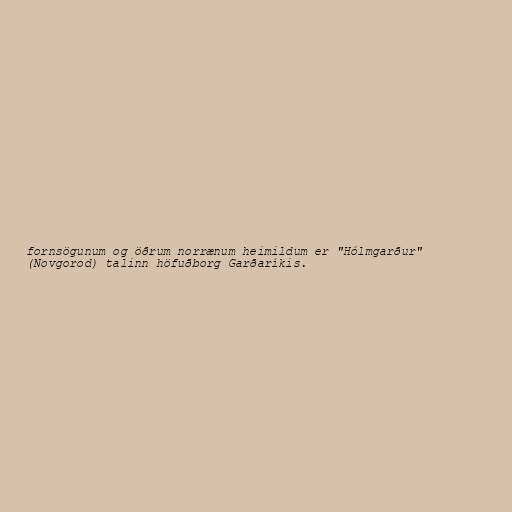
fornsögunum og öðrum norrænum heimildum er "Hólmgarður"
(Novgorod) talinn höfuðborg Garðaríkis.